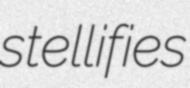
stellifies